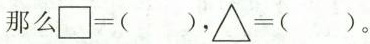
那么$$\Box= ( )$$， $$\bigtriangleup = ( )$$ 。